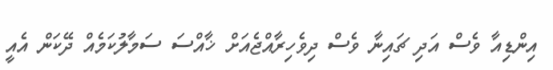
އިންޑިއާ ވެސް އަދި ޗައިނާ ވެސް ދިވެހިރާއްޖެއަށް ޚާއްސަ ސަމާލުކަމެއް ދޭކަން އެއީ